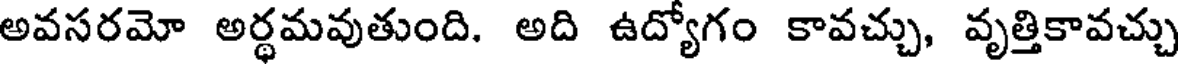
అవసరమో అర్థమవుతుంది. అది ఉద్యోగం కావచ్చు, వృత్తికావచ్చు